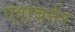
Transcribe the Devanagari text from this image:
एशबर्नर